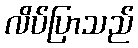
လိပ်ပြာသည်